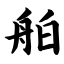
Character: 舶